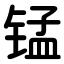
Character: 锰